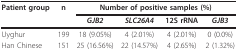
| Patient group | n | <COLSPAN=4> Number of positive samples (%) |
 |  |  | GJB2 | SLC26A4 | 12S rRNA | GJB3 |
 | --- | --- | --- | --- | --- | --- |
 | Uyghur | 199 | 18 (9.05%) | 4 (2.01%) | 4 (2.01%) | 0 (0.0%) |
 | Han Chinese | 151 | 25 (16.56%) | 22 (14.57%) | 4 (2.65%) | 2 (1.32%) |